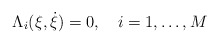
\begin{align*} \Lambda_i(\xi,\dot{\xi})=0,\quad i=1,\dots,M\end{align*}